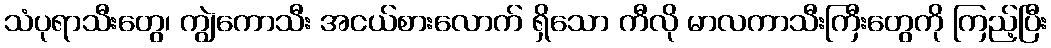
သံပုရာသီးတွေ၊ ကျွဲကောသီး အငယ်စားလောက် ရှိသော ကီလို မာလကာသီးကြီးတွေကို ကြည့်ပြီး